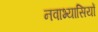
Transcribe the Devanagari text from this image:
नवाभ्यासियों